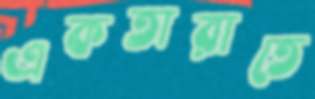
একতারাতে